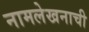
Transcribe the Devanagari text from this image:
नामलेखनाची